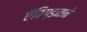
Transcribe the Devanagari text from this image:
ऍबिग्डनने